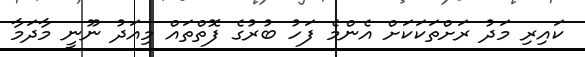
ކައިރި މަދު ރަށްތަކަކަށް އެންމެ ފަހު ބުރުގެ ފޮތްތައް މިއަދު ނޫނީ މާދަމާ